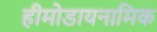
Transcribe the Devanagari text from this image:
हीमोडायनामिक